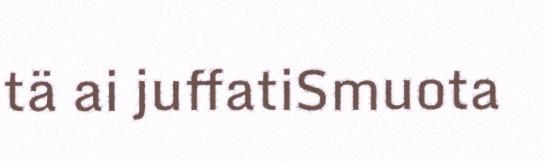
tä ai juffatiSmuota